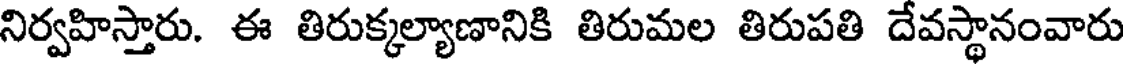
నిర్వహిస్తారు. ఈ తిరుక్కల్యాణానికి తిరుమల తిరుపతి దేవస్థానంవారు